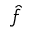
\hat { f }